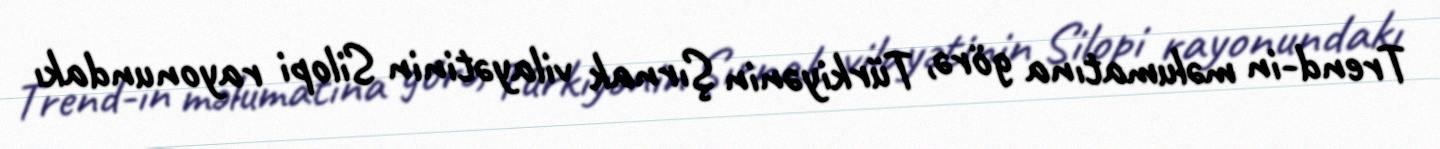
Trend-in məlumatına görə, Türkiyənin Şırnak vilayətinin Silopi rayonundakı